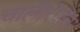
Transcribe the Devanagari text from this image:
चालीरीतींस